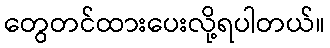
တွေတင်ထားပေးလို့ရပါတယ်။